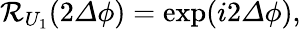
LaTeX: \begin{array}{r}{\mathcal{R}_{U_{1}}(2{\mathit\Delta\phi})=\exp(i2{\mathit\Delta\phi}),}\end{array}